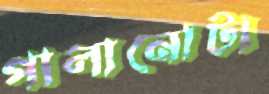
পালানোটা